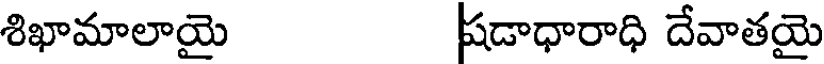
శిఖామాలాయై షడాధారాధి దేవాతయై